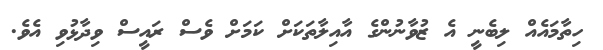
ހިތާމައެއް ލިބެނީ އެ ޒުވާނުންގެ އާއިލާތަކަށް ކަމަށް ވެސް ރައީސް ވިދާޅުވި އެވެ.